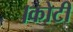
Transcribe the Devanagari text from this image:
।कोटी